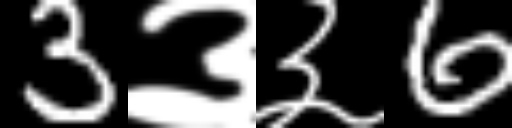
Text: 3३३6